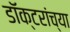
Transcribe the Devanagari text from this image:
डॉक्‍टरांच्या